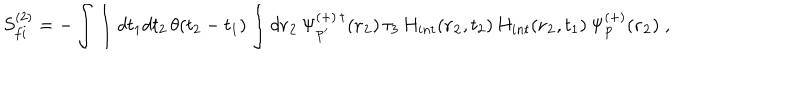
S _ { f i } ^ { ( 2 ) } = - \int \int d t _ { 1 } d t _ { 2 } \, \theta ( t _ { 2 } - t _ { 1 } ) \int d { \bf r _ { 2 } } \, \Psi _ { { \bf p ^ { \prime } } } ^ { ( + ) \, \dagger } ( { \bf r _ { 2 } } ) \, \tau _ { 3 } \, H _ { i n t } ( { \bf r _ { 2 } } , t _ { 2 } ) \, H _ { i n t } ( { \bf r _ { 2 } } , t _ { 1 } ) \, \Psi _ { { \bf p } } ^ { ( + ) } ( { \bf r _ { 2 } } ) \; ,